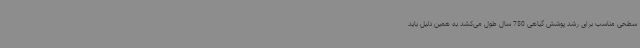
سطحی مناسب برای رشد پوشش گیاهی 750 سال طول می‌کشد به همین دلیل باید